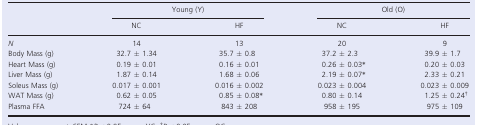
<table><thead><tr><td rowspan="2"></td><td colspan="2"><b>Young (Y)</b></td><td colspan="2"><b>Old (O)</b></td></tr><tr><td><b>NC</b></td><td><b>HF</b></td><td><b>NC</b></td><td><b>HF</b></td></tr></thead><tbody><tr><td><i>N</i></td><td>14</td><td>13</td><td>20</td><td>9</td></tr><tr><td>Body Mass (g)</td><td>32.7 ± 1.34</td><td>35.7 ± 0.8</td><td>37.2 ± 2.3</td><td>39.9 ± 1.7</td></tr><tr><td>Heart Mass (g)</td><td>0.19 ± 0.01</td><td>0.16 ± 0.01</td><td>0.26 ± 0.03*</td><td>0.20 ± 0.03</td></tr><tr><td>Liver Mass (g)</td><td>1.87 ± 0.14</td><td>1.68 ± 0.06</td><td>2.19 ± 0.07*</td><td>2.33 ± 0.21</td></tr><tr><td>Soleus Mass (g)</td><td>0.017 ± 0.001</td><td>0.016 ± 0.002</td><td>0.023 ± 0.004</td><td>0.023 ± 0.009</td></tr><tr><td>WAT Mass (g)</td><td>0.62 ± 0.05</td><td>0.85 ± 0.08*</td><td>0.80 ± 0.14</td><td>1.25 ± 0.24<sup>†</sup></td></tr><tr><td>Plasma FFA</td><td>724 ± 64</td><td>843 ± 208</td><td>958 ± 195</td><td>975 ± 109</td></tr></tbody></table>